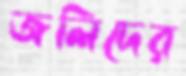
জলিদের